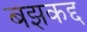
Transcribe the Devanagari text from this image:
बझकद्द